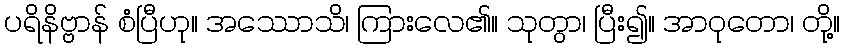
ပရိနိဗ္ဗာန် စံပြီဟု။ အဿောသိ၊ ကြားလေ၏။ သုတွာ၊ ပြီး၍။ အာဝုတော၊ တို့။